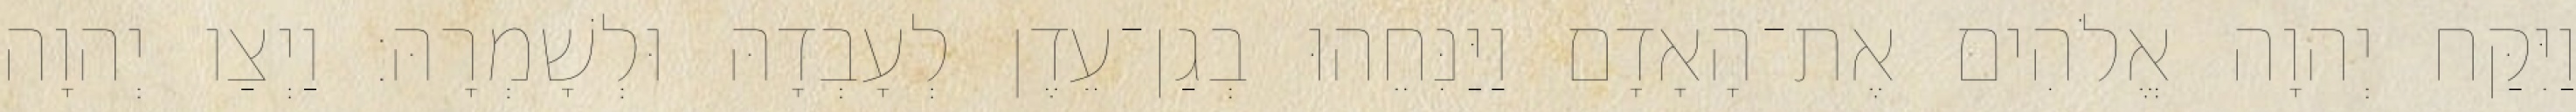
וַיִּקַּח יְהוָה אֱלֹהִים אֶת־הָאָדָם וַיַּנִּחֵהוּ בְגַן־עֵדֶן לְעָבְדָהּ וּלְשָׁמְרָהּ׃ וַיְצַו יְהוָה